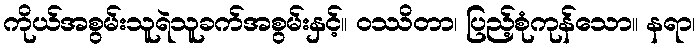
ကိုယ်အစွမ်းသူရဲသူခက်အစွမ်းနှင့်။ ဝဿိတာ၊ ပြည့်စုံကုန်သော။ နရာ၊